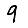
Digit: 9